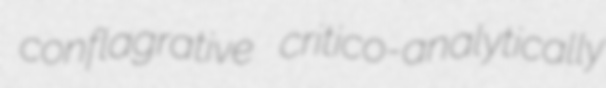
conflagrative critico-analytically